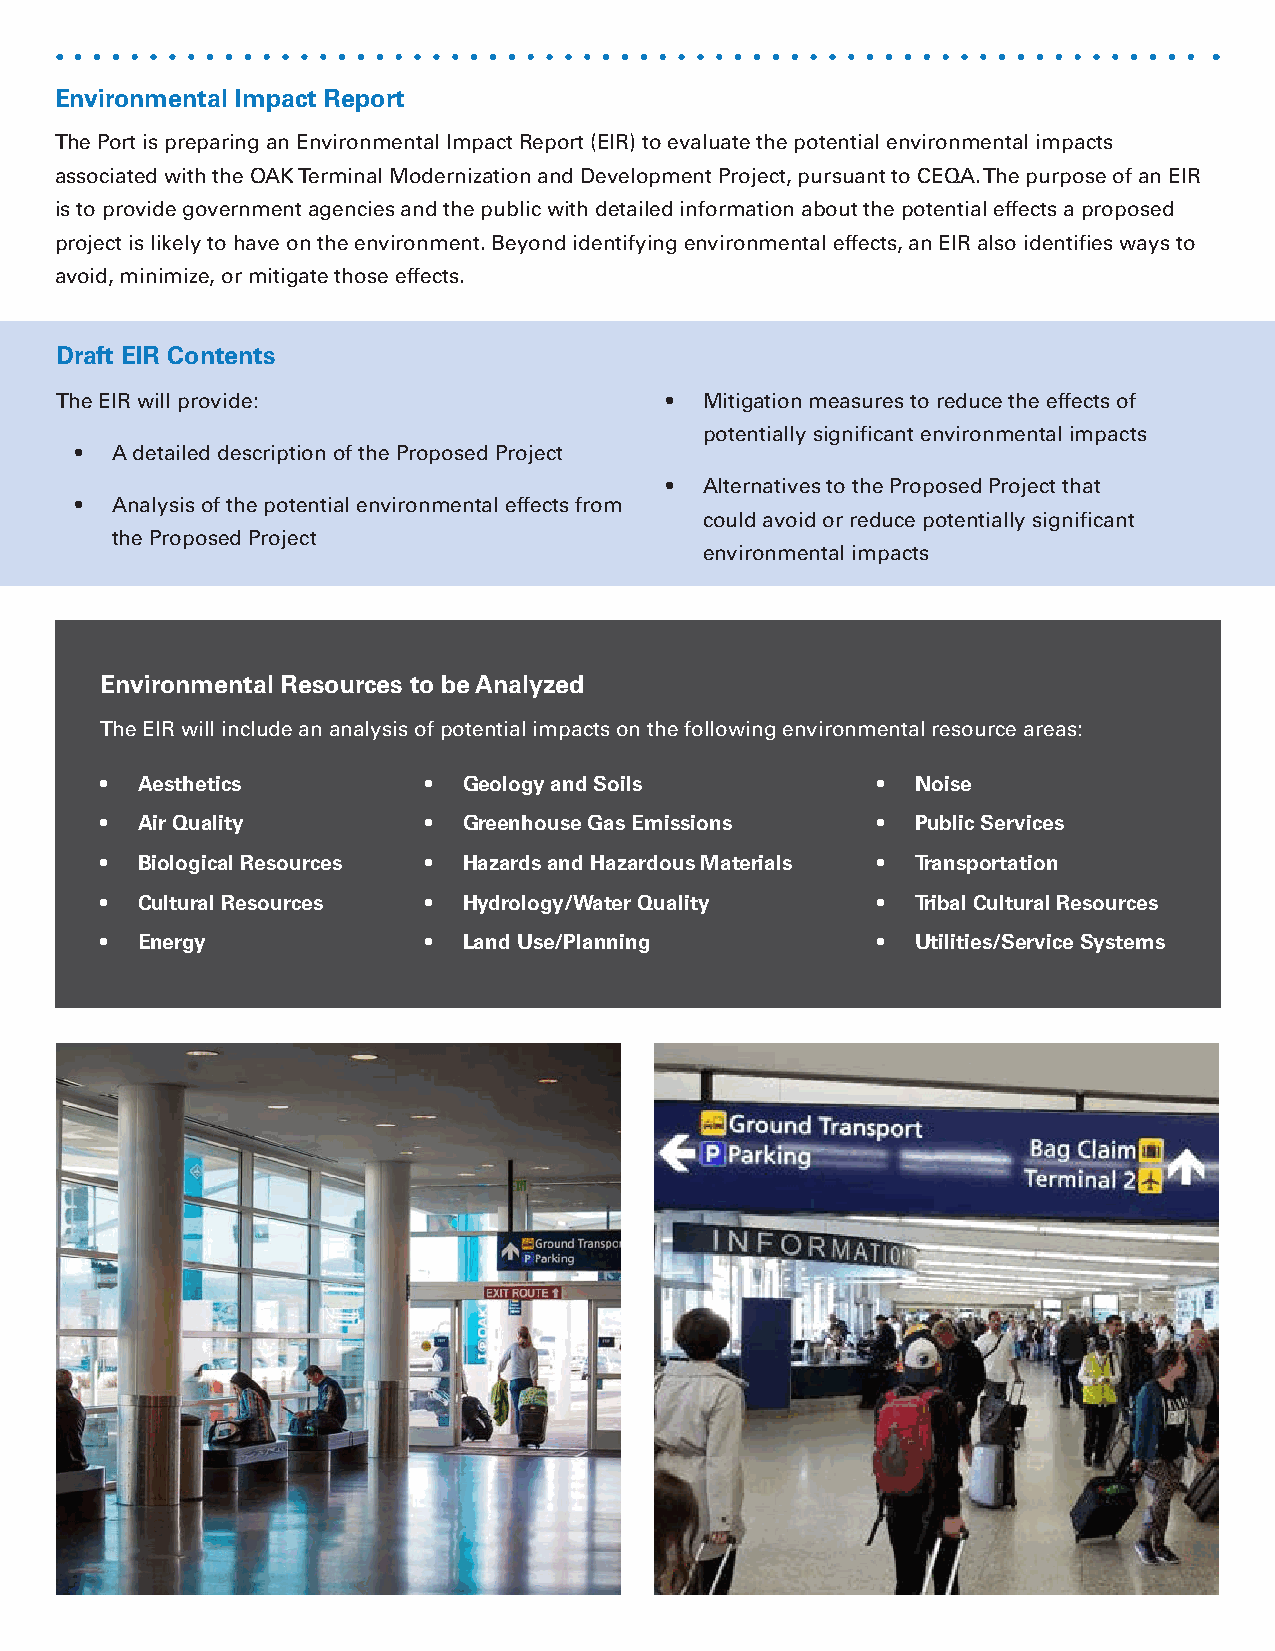
Environmental Impact Report
 The Port is preparing an Environmental Impact Report (EIR) to evaluate the potential environmental impacts
 associated with the OAK Terminal Modernization and Development Project, pursuant to CEQA. The purpose of an EIR
 is to provide government agencies and the public with detailed information about the potential effects a proposed
 project is likely to have on the environment. Beyond identifying environmental effects, an EIR also identifies ways to
 avoid, minimize, or mitigate those effects.
 Draft EIR Contents
 The EIR will provide:                   •  Mitigation measures to reduce the effects of
 potentially significant environmental impacts
 • A detailed description of the Proposed Project
 •  Alternatives to the Proposed Project that
 • Analysis of the potential environmental effects from
 could avoid or reduce potentially significant
 the Proposed Project
 environmental impacts
 Environmental Resources to be Analyzed
 The EIR will include an analysis of potential impacts on the following environmental resource areas:
 • Aesthetics         •  Geology and Soils          •  Noise
 • Air Quality        •  Greenhouse Gas Emissions   •  Public Services
 • Biological Resources • Hazards and Hazardous Materials • Transportation
 • Cultural Resources •  Hydrology/Water Quality    •  Tribal Cultural Resources
 • Energy             •  Land Use/Planning          •  Utilities/Service Systems